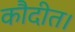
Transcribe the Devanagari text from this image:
कौदीत।